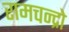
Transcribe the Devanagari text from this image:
रामचन्द्रो